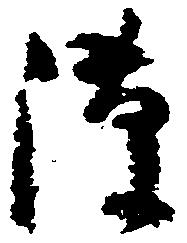
隙